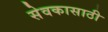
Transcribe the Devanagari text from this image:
सेवकासाठी